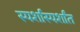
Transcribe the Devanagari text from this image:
स्पर्शास्पर्शांत